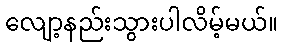
လျော့နည်းသွားပါလိမ့်မယ်။